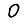
Digit: 0